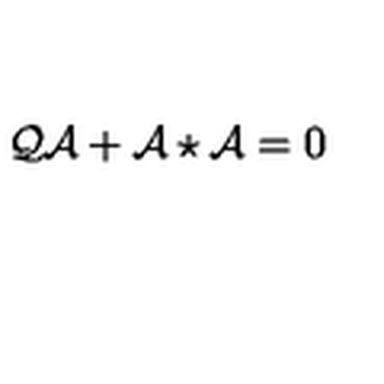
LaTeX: { \cal Q } \mathcal { A } + \mathcal { A } \star \mathcal { A } = 0